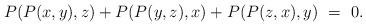
LaTeX: \begin{align*}P(P(x,y),z)+P(P(y,z),x)+P(P(z,x),y) ~=~ 0.\end{align*}